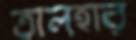
তালহার